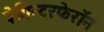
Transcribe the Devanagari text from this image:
पेगिन्टरफेरॉन